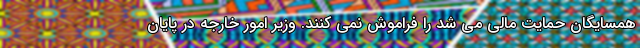
همسایگان حمایت مالی می شد را فراموش نمی کنند. وزیر امور خارجه در پایان